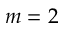
m = 2